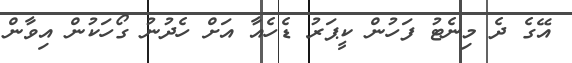
އޭގެ ދެ މިނެޓު ފަހުން ކީޕަރު ޑެހެއާ އަށް ހެދުނު ގޯހަކުން އިވާން